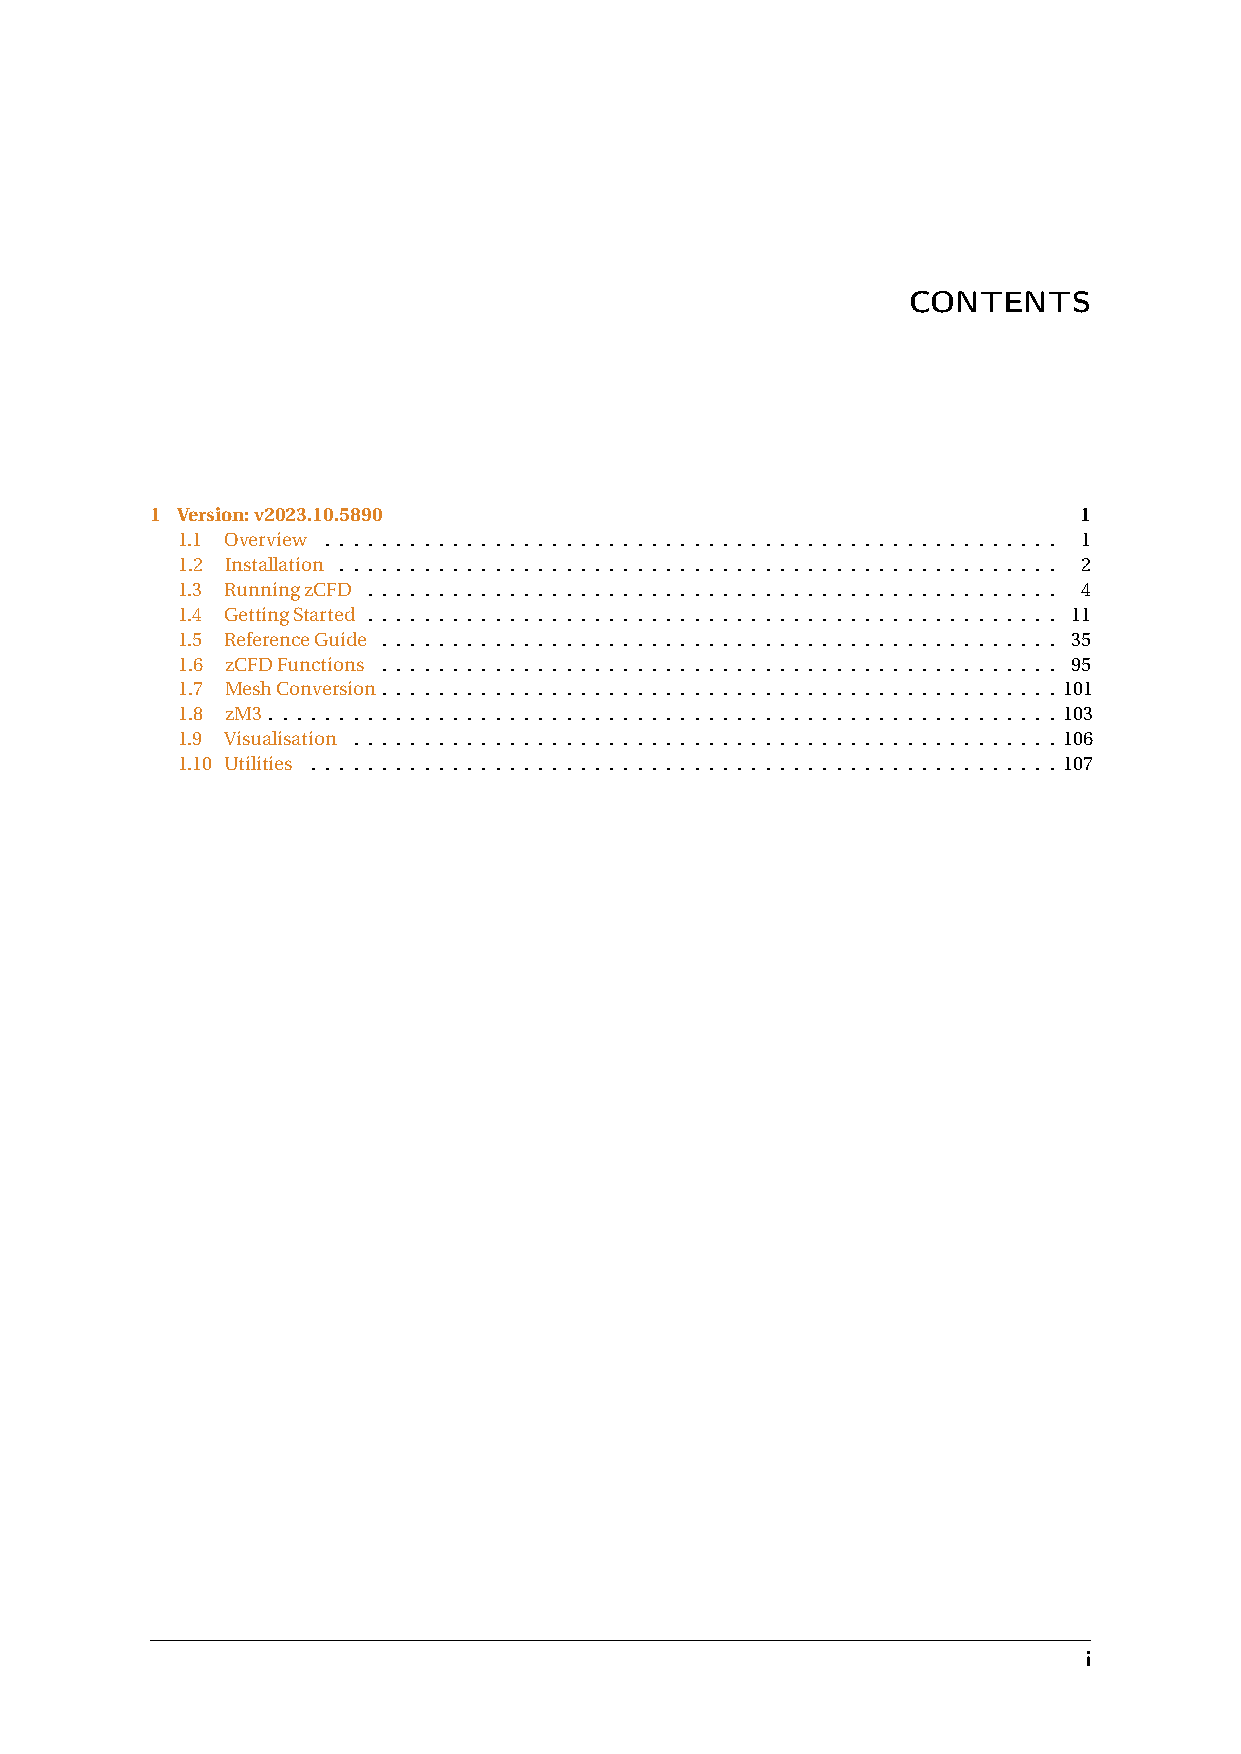
CONTENTS
 1 Version:v2023.10.5890                                      1
 1.1 Overview . . . . . . . . . . . . . . . . . . . . . . . . . . . . . . . . . . . . . . . . . . . . . . . . . . . . 1
 1.2 Installation . . . . . . . . . . . . . . . . . . . . . . . . . . . . . . . . . . . . . . . . . . . . . . . . . . . 2
 1.3 RunningzCFD . . . . . . . . . . . . . . . . . . . . . . . . . . . . . . . . . . . . . . . . . . . . . . . . . 4
 1.4 GettingStarted . . . . . . . . . . . . . . . . . . . . . . . . . . . . . . . . . . . . . . . . . . . . . . . . . 11
 1.5 ReferenceGuide . . . . . . . . . . . . . . . . . . . . . . . . . . . . . . . . . . . . . . . . . . . . . . . . 35
 1.6 zCFDFunctions . . . . . . . . . . . . . . . . . . . . . . . . . . . . . . . . . . . . . . . . . . . . . . . . 95
 1.7 MeshConversion. . . . . . . . . . . . . . . . . . . . . . . . . . . . . . . . . . . . . . . . . . . . . . . . 101
 1.8 zM3. . . . . . . . . . . . . . . . . . . . . . . . . . . . . . . . . . . . . . . . . . . . . . . . . . . . . . . . 103
 1.9 Visualisation . . . . . . . . . . . . . . . . . . . . . . . . . . . . . . . . . . . . . . . . . . . . . . . . . . 106
 1.10 Utilities . . . . . . . . . . . . . . . . . . . . . . . . . . . . . . . . . . . . . . . . . . . . . . . . . . . . . 107
 i